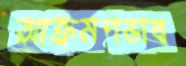
আক্রমণভাব